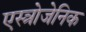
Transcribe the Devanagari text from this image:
एस्त्रोजेनिक